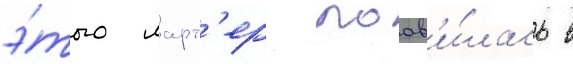
э́того ларт'ер поав'и́лась в